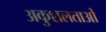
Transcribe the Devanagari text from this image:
अकुशलताओं